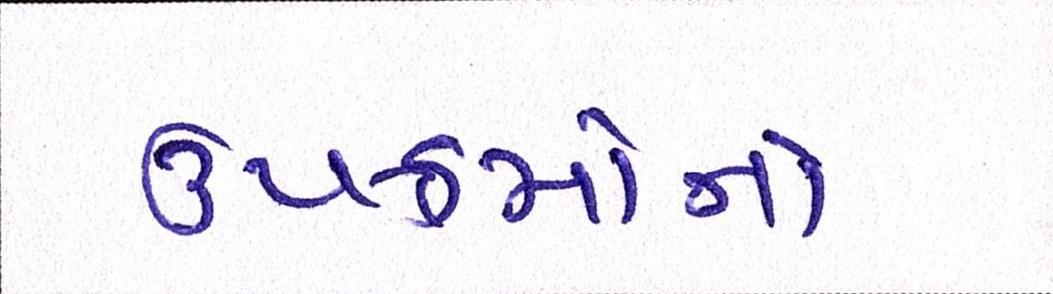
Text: ઉપક્રમોનો